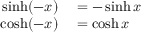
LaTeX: \begin{array} { r l } { \sinh ( - x ) } & { { } = - \sinh x } \\ { \cosh ( - x ) } & { { } = \cosh x } \end{array}